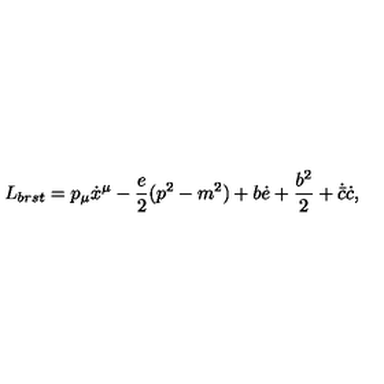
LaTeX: L _ { b r s t } = p _ { \mu } \dot { x } ^ { \mu } - \frac { e } { 2 } ( p ^ { 2 } - m ^ { 2 } ) + b \dot { e } + \frac { b ^ { 2 } } { 2 } + \dot { \bar { c } } \dot { c } ,